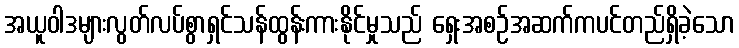
အယူဝါဒများလွတ်လပ်စွာရှင်သန်ထွန်းကားနိုင်မှုသည် ရှေးအစဉ်အဆက်ကပင်တည်ရှိခဲ့သော